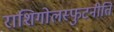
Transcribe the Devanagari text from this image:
राशिगोलस्फुटनीति